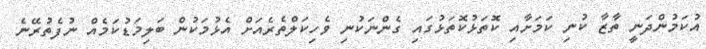
އުކަމުންދަނީ ތާޒާ ކުނި ކަމަށާއި ކޮތަޅުކޮތަޅުގައި ގެންނަކުނި ވެހިކަލްތެރެއަށް އެޅުމަކުން ބަލިމަޑުކަމެއް ނުފެތުރޭނެ